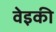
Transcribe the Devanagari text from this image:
वेइकी